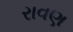
રાવણ